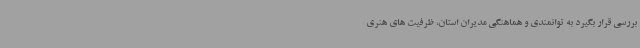
بررسی قرار بگیرد به توانمندی و هماهنگی مدیران استان، ظرفیت های هنری